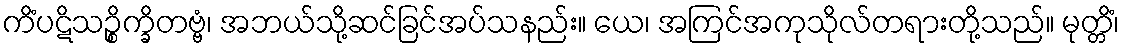
ကိံပဋိသဉ္စိက္ခိတဗ္ဗံ၊ အဘယ်သို့ဆင်ခြင်အပ်သနည်း။ ယေ၊ အကြင်အကုသိုလ်တရားတို့သည်။ မုတ္တိံ၊